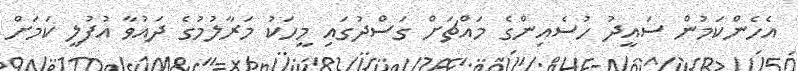
އެހެންކަމުން ސައީދު ހުސެއިންގެ މައްޗަށް ގަސްދުގައި މީހަކު މަރާލުމުގެ ދައުވާ އުފުލީ ކަމަށް